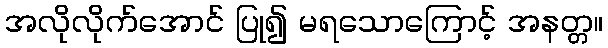
အလိုလိုက်အောင် ပြု၍ မရသောကြောင့် အနတ္တ။